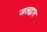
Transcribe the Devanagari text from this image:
जलद्वार